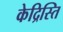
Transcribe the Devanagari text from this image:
केद्रिस्ति